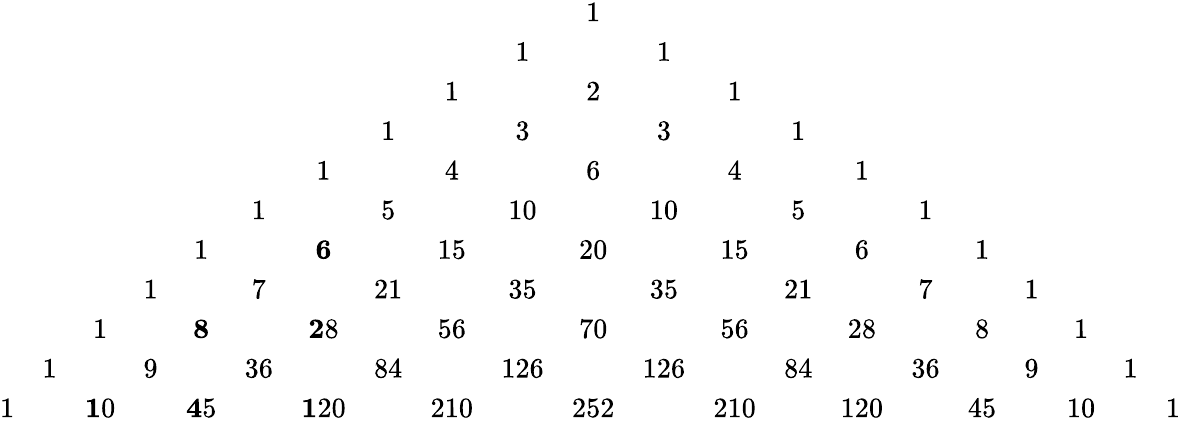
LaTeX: \begin{array}{ccccccccccccccccccccc}{{}}&{{}}&{{}}&{{}}&{{}}&{{}}&{{}}&{{}}&{{}}&{{}}&{{1}}&{{}}&{{}}&{{}}&{{}}&{{}}&{{}}&{{}}&{{}}&{{}}&{{}}\\ {{}}&{{}}&{{}}&{{}}&{{}}&{{}}&{{}}&{{}}&{{}}&{{1}}&{{}}&{{1}}&{{}}&{{}}&{{}}&{{}}&{{}}&{{}}&{{}}&{{}}&{{}}\\ {{}}&{{}}&{{}}&{{}}&{{}}&{{}}&{{}}&{{}}&{{1}}&{{}}&{{2}}&{{}}&{{1}}&{{}}&{{}}&{{}}&{{}}&{{}}&{{}}&{{}}&{{}}\\ {{}}&{{}}&{{}}&{{}}&{{}}&{{}}&{{}}&{{1}}&{{}}&{{3}}&{{}}&{{3}}&{{}}&{{1}}&{{}}&{{}}&{{}}&{{}}&{{}}&{{}}&{{}}\\ {{}}&{{}}&{{}}&{{}}&{{}}&{{}}&{{1}}&{{}}&{{4}}&{{}}&{{6}}&{{}}&{{4}}&{{}}&{{1}}&{{}}&{{}}&{{}}&{{}}&{{}}&{{}}\\ {{}}&{{}}&{{}}&{{}}&{{}}&{{1}}&{{}}&{{5}}&{{}}&{{10}}&{{}}&{{10}}&{{}}&{{5}}&{{}}&{{1}}&{{}}&{{}}&{{}}&{{}}&{{}}\\ {{}}&{{}}&{{}}&{{}}&{{1}}&{{}}&{{{\mathbf 6}}}&{{}}&{{15}}&{{}}&{{20}}&{{}}&{{15}}&{{}}&{{6}}&{{}}&{{1}}&{{}}&{{}}&{{}}&{{}}\\ {{}}&{{}}&{{}}&{{1}}&{{}}&{{7}}&{{}}&{{21}}&{{}}&{{35}}&{{}}&{{35}}&{{}}&{{21}}&{{}}&{{7}}&{{}}&{{1}}&{{}}&{{}}&{{}}\\ {{}}&{{}}&{{1}}&{{}}&{{{\mathbf 8}}}&{{}}&{{{\mathbf 28}}}&{{}}&{{56}}&{{}}&{{70}}&{{}}&{{56}}&{{}}&{{28}}&{{}}&{{8}}&{{}}&{{1}}&{{}}&{{}}\\ {{}}&{{1}}&{{}}&{{9}}&{{}}&{{36}}&{{}}&{{84}}&{{}}&{{126}}&{{}}&{{126}}&{{}}&{{84}}&{{}}&{{36}}&{{}}&{{9}}&{{}}&{{1}}&{{}}\\ {{1}}&{{}}&{{{\mathbf 10}}}&{{}}&{{{\mathbf 45}}}&{{}}&{{{\mathbf 120}}}&{{}}&{{210}}&{{}}&{{252}}&{{}}&{{210}}&{{}}&{{120}}&{{}}&{{45}}&{{}}&{{10}}&{{}}&{{1}}\end{array}